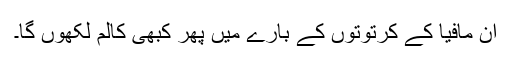
ان مافیا کے کرتوتوں کے بارے میں پھر کبھی کالم لکھوں گا۔